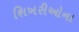
શિખરીઓના